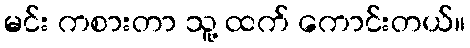
မင်း ကစားတာ သူ့ ထက် ကောင်းတယ်။